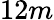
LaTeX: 12m